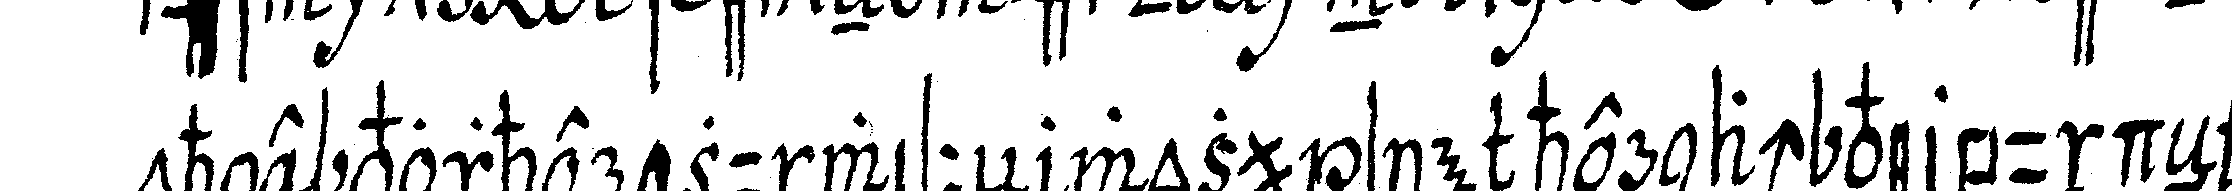
ohne vorher zu wisseN wozu sie hernach verbundeN